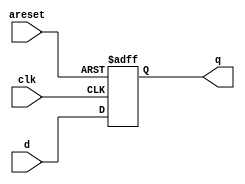
// asynchronous reset 
// 


module top_module (
    input clk,
    input areset,   // active high asynchronous reset
    input [7:0] d,
    output reg [7:0] q
);

//The only difference in code between synchronous and asynchronous reset flip-flops is in the sensitivity list.
//always
    always@(posedge clk,posedge areset)
    begin
        if(areset)
            q = 8'b00000000;
        else
            q = d;
    
    end


endmodule